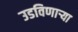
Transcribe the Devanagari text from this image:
उडविणार्‍या